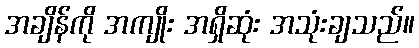
အချိန်ကို အကျိုး အရှိဆုံး အသုံးချသည်။